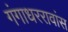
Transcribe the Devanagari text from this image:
गंगाधररावांस